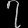
Digit: ၇